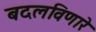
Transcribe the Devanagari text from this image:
बदलविणारे